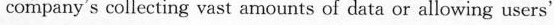
company's collecting vast amounts of data or allowing users'